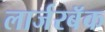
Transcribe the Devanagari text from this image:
लार्जरबॅक